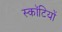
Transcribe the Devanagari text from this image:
स्कॉटियों